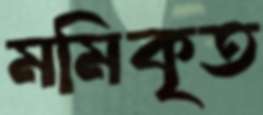
মমিকৃত